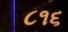
૮૧૬